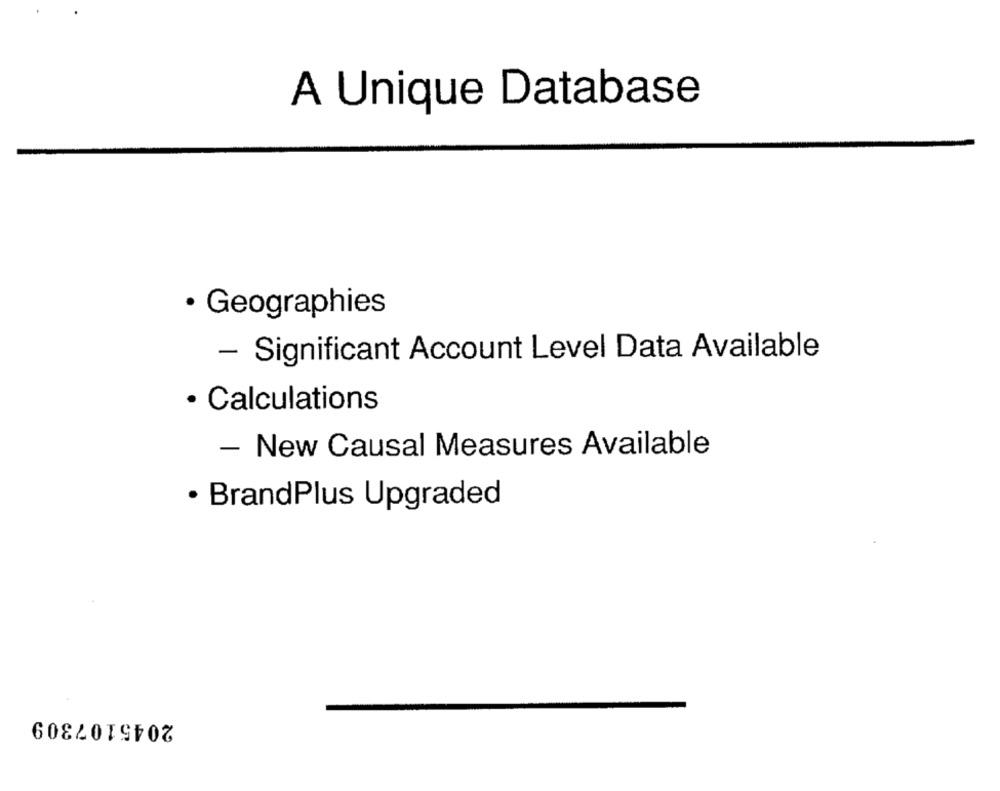
A Unique Database
· Geographies
- Significant Account Level Data Available
· Calculations
- New Causal Measures Available
· BrandPlus Upgraded
2045107309